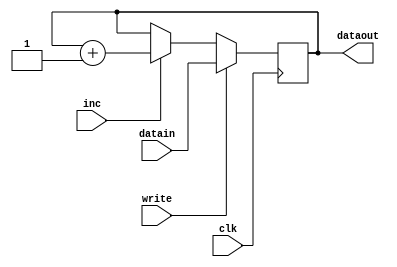
`timescale 1ns / 1ps
//////////////////////////////////////////////////////////////////////////////////
// Company: 
// Engineer: 
// 
// Design Name: 
// Module Name:    Register 
// Project Name: 
// Target Devices: 
// Tool versions: 
// Description: 
//
// Dependencies: 
//
// Revision: 
// Revision 0.01 - File Created
// Additional Comments: 
//
//////////////////////////////////////////////////////////////////////////////////
module Register16(clk,datain,dataout,inc,write);
	 input clk;
	 input [15:0] datain;
	 input write;
	 input inc;
	 output [15:0] dataout;
	 reg [15:0] dataout;
	 initial begin
	 dataout <= 0;
	 end
	 always @(posedge clk)
			begin
			if (write)
				begin
				dataout<=datain;
				end
			
			else if (inc)
				begin
					dataout<=dataout+1;
				end
			end
endmodule